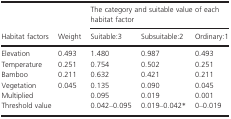
<table><thead><tr><td rowspan="2"><b>Habitat factors</b></td><td rowspan="2"><b>Weight</b></td><td colspan="3"><b>The category and suitable value of each habitat factor</b></td></tr><tr><td><b>Suitable:3</b></td><td><b>Subsuitable:2</b></td><td><b>Ordinary:1</b></td></tr></thead><tbody><tr><td>Elevation</td><td>0.493</td><td>1.480</td><td>0.987</td><td>0.493</td></tr><tr><td>Temperature</td><td>0.251</td><td>0.754</td><td>0.502</td><td>0.251</td></tr><tr><td>Bamboo</td><td>0.211</td><td>0.632</td><td>0.421</td><td>0.211</td></tr><tr><td>Vegetation</td><td>0.045</td><td>0.135</td><td>0.090</td><td>0.045</td></tr><tr><td>Multiplied</td><td></td><td>0.095</td><td>0.019</td><td>0.001</td></tr><tr><td colspan="2">Threshold value</td><td>0.042–0.095</td><td>0.019–0.042a</td><td>0–0.019</td></tr></tbody></table>